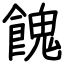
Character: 餽